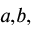
^ { a , b , }